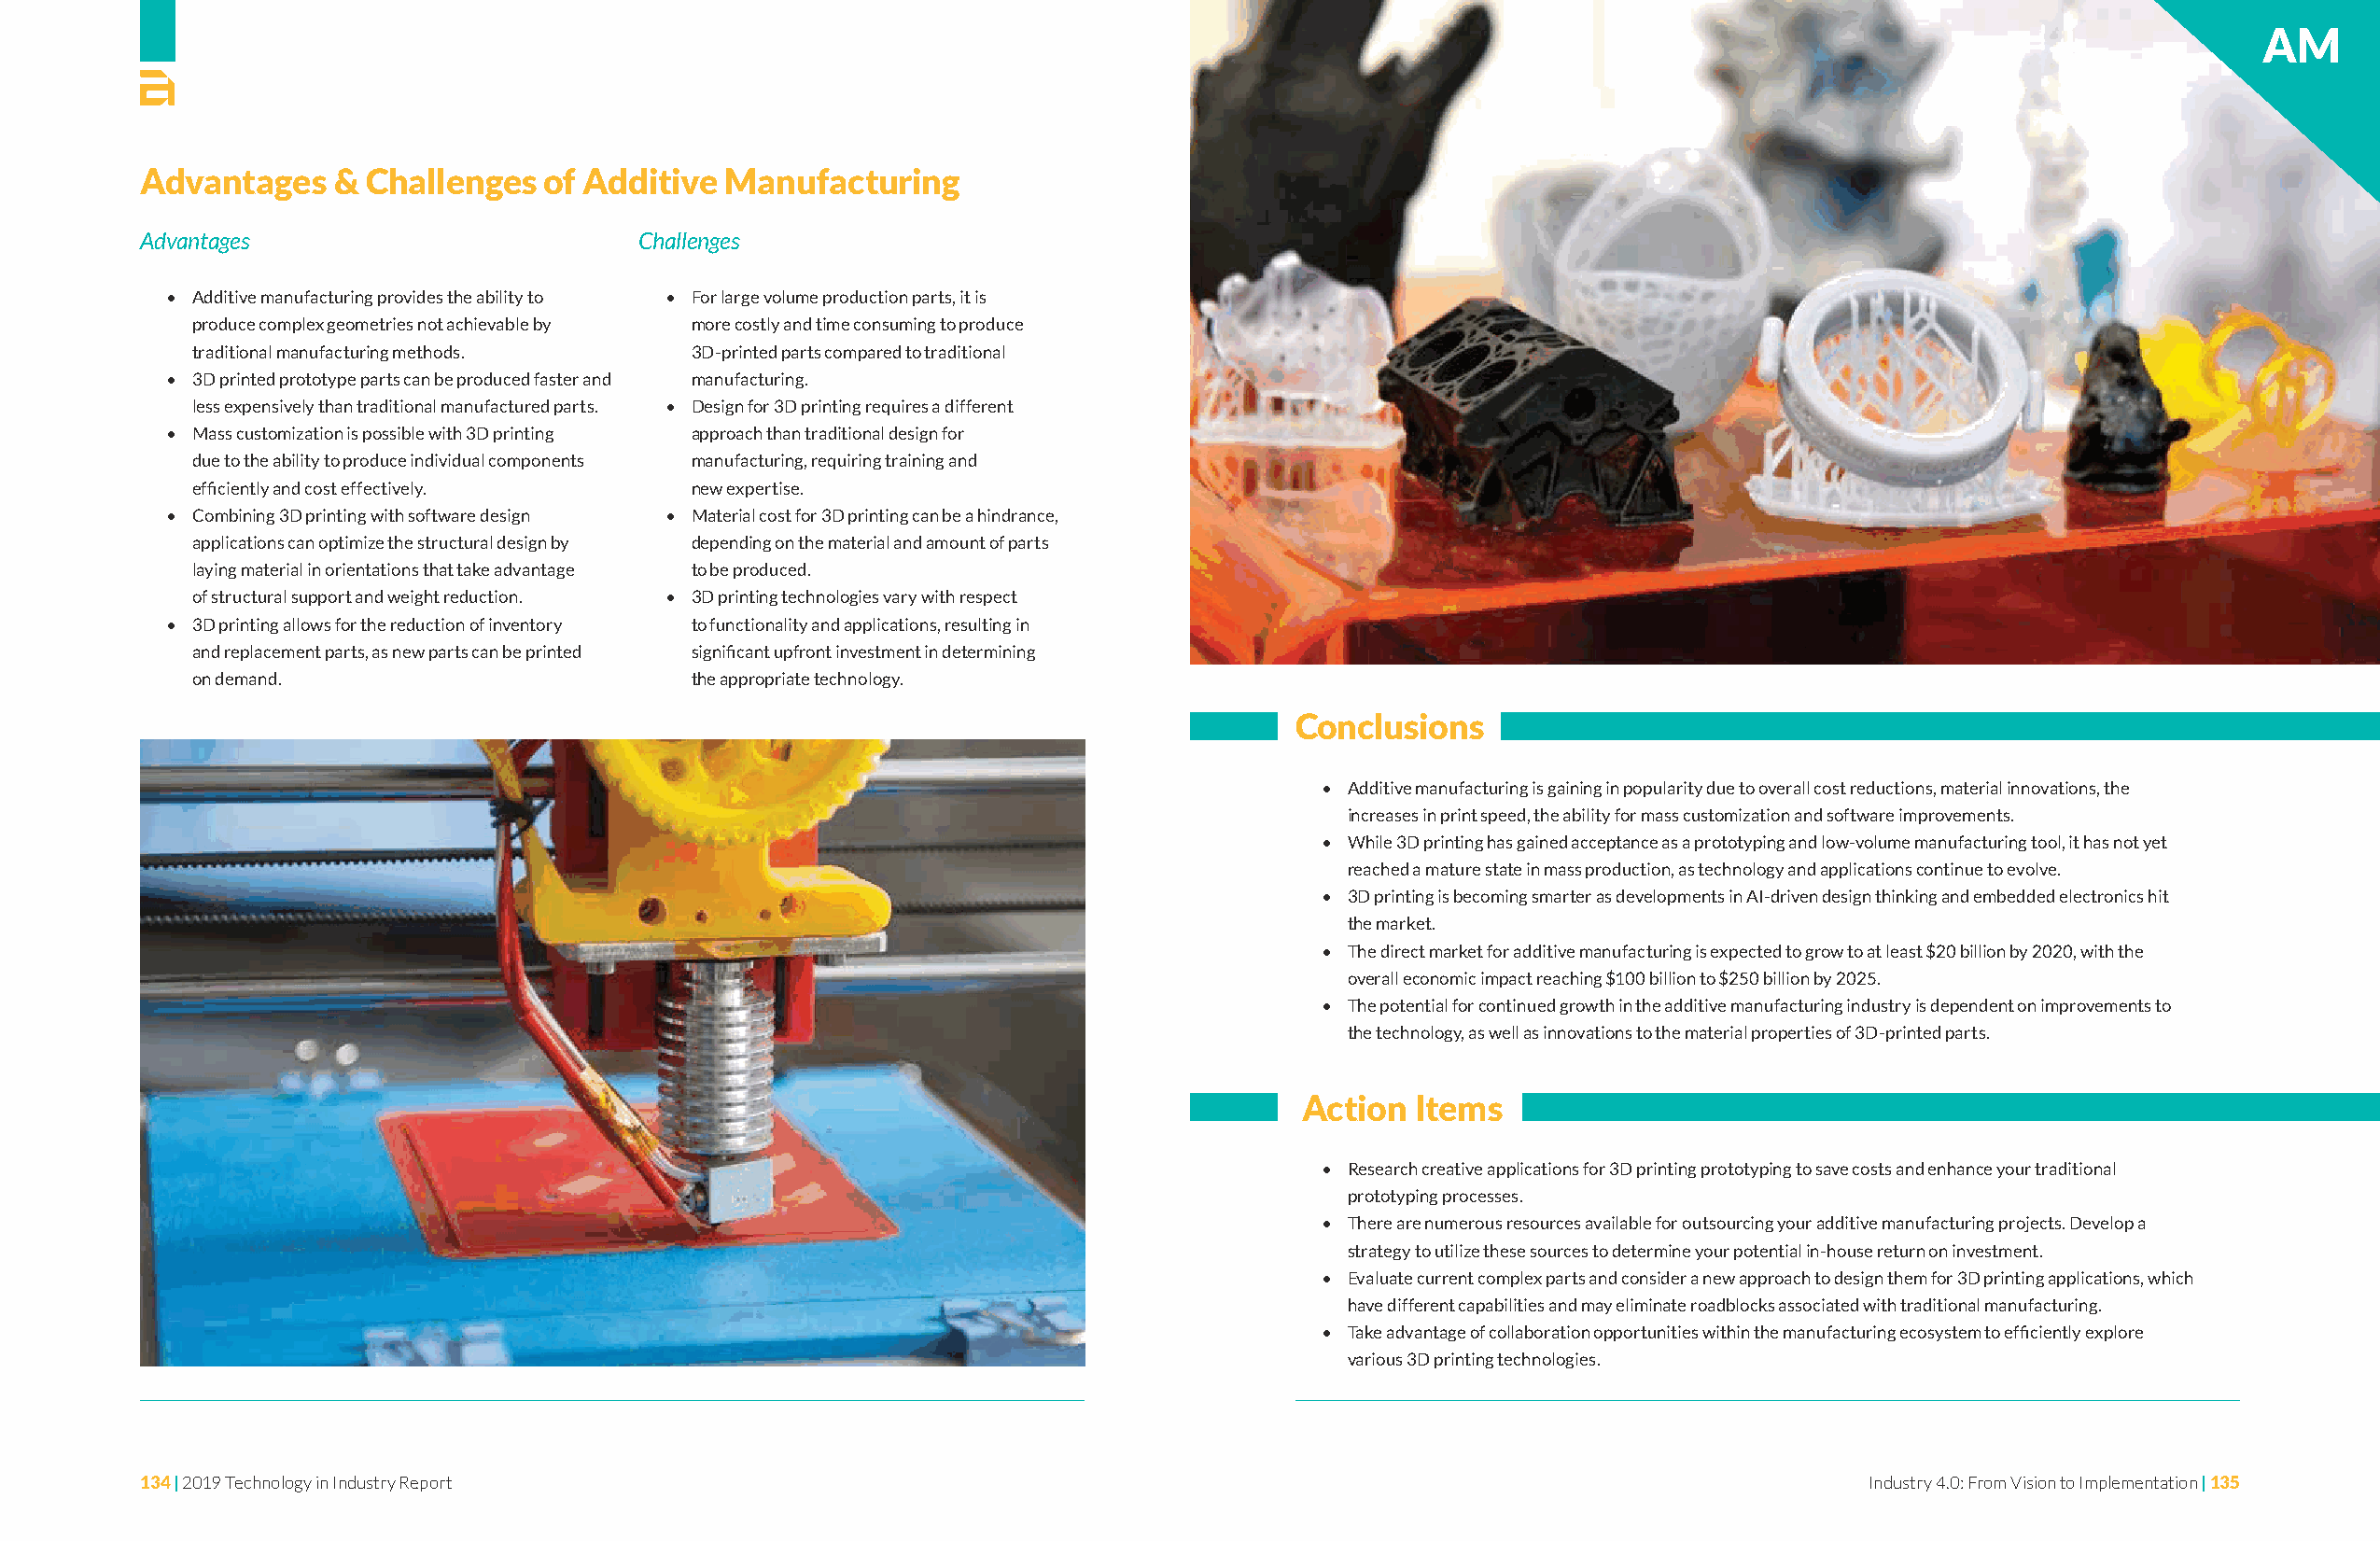
AM
 Advantages    & Challenges   of Additive Manufacturing
 Advantages                         Challenges
 • Additive manufacturing provides the ability to • For large volume production parts, it is
 produce complex geometries not achievable by more costly and time consuming to produce
 traditional manufacturing methods. 3D-printed parts compared to traditional
 • 3D printed prototype parts can be produced faster and manufacturing.
 less expensively than traditional manufactured parts. • Design for 3D printing requires a different
 • Mass customization is possible with 3D printing approach than traditional design for
 due to the ability to produce individual components manufacturing, requiring training and
 efficiently and cost effectively.  new expertise.
 • Combining 3D printing with software design • Material cost for 3D printing can be a hindrance,
 applications can optimize the structural design by depending on the material and amount of parts
 laying material in orientations that take advantage to be produced.
 of structural support and weight reduction. • 3D printing technologies vary with respect
 • 3D printing allows for the reduction of inventory to functionality and applications, resulting in
 and replacement parts, as new parts can be printed significant upfront investment in determining
 on demand.                         the appropriate technology.
 Conclusions
 • Additive manufacturing is gaining in popularity due to overall cost reductions, material innovations, the
 increases in print speed, the ability for mass customization and software improvements.
 • While 3D printing has gained acceptance as a prototyping and low-volume manufacturing tool, it has not yet
 reached a mature state in mass production, as technology and applications continue to evolve.
 • 3D printing is becoming smarter as developments in AI-driven design thinking and embedded electronics hit
 the market.
 • The direct market for additive manufacturing is expected to grow to at least $20 billion by 2020, with the
 overall economic impact reaching $100 billion to $250 billion by 2025.
 • The potential for continued growth in the additive manufacturing industry is dependent on improvements to
 the technology, as well as innovations to the material properties of 3D-printed parts.
 Action  Items
 • Research creative applications for 3D printing prototyping to save costs and enhance your traditional
 prototyping processes.
 • There are numerous resources available for outsourcing your additive manufacturing projects. Develop a
 strategy to utilize these sources to determine your potential in-house return on investment.
 • Evaluate current complex parts and consider a new approach to design them for 3D printing applications, which
 have different capabilities and may eliminate roadblocks associated with traditional manufacturing.
 • Take advantage of collaboration opportunities within the manufacturing ecosystem to efficiently explore
 various 3D printing technologies.
 134 | 2019 Technology in Industry Report                                                                                   Industry 4.0: From Vision to Implementation | 135